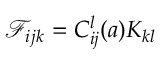
\mathcal { F } _ { i } { } _ { j k } = C _ { i j } ^ { l } ( a ) K _ { k l }